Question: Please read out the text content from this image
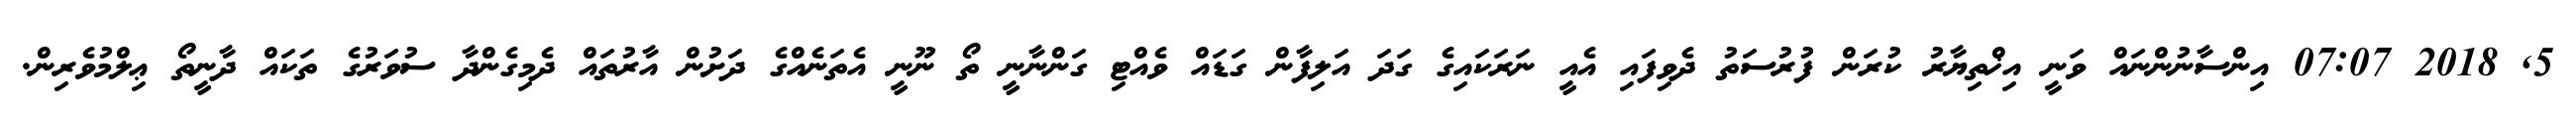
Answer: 5, 2018 07:07 އިންސާނުންނައް ވަނީ އިޚްތިޔާރު ކުރަން ފުރުސަތު ދެވިފައި އެއީ ނަރަކައިގެ ގަދަ އަލިފާން ގަޑައް ވެއްޓި ގަންނާނީ ތޯ ނޫނީ އެތަނެއްގެ ދަށުން އާރުތައް ދެމިގެންދާ ސުވަރުގެ ތަކައް ދާނީތޯ ޢިލްމުވެރިން.